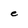
Character: e